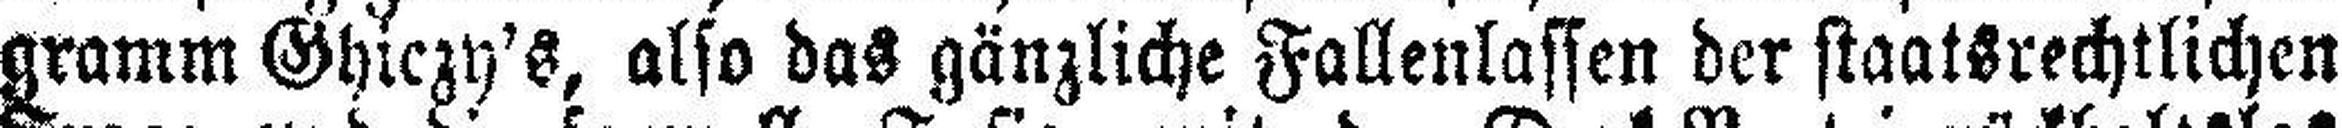
gramm Ghiczy's, also das gänzliche Fallenlassen der staatsrechtlichen